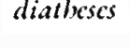
diatheses